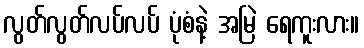
လွတ်လွတ်လပ်လပ် ပုံစံနဲ့ အမြဲ ရေကူးလား။